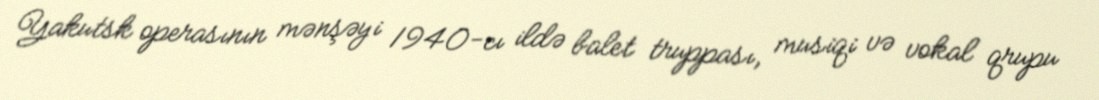
Yakutsk operasının mənşəyi 1940-cı ildə balet truppası, musiqi və vokal qrupu